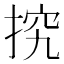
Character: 𢭕